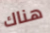
هناك